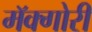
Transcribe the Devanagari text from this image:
मॅक्गोरी